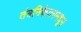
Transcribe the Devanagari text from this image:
तंत्रनिकेतनमधून